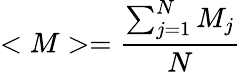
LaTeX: <M>=\frac{\sum_{j=1}^{N}M_{j}}{N}